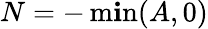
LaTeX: N=-\operatorname*{m\mathbf{i}n}(A,0)